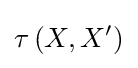
\tau \left(X,X'\right)